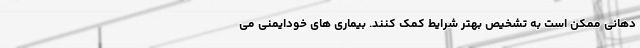
دهانی ممکن است به تشخیص بهتر شرایط کمک کنند. بیماری های خودایمنی می